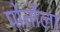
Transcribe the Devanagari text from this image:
पोर्तोला